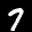
Label: 7